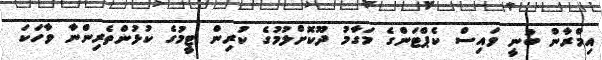
އިމްރާން ބުނީ ވައިސް ކެޕްޓަންގެ މަގާމު ދޫކޮށްލުމުގެ ކުރިން ޓީމުގެ ކުޅުންތެރިންނާ ވާހަކަ